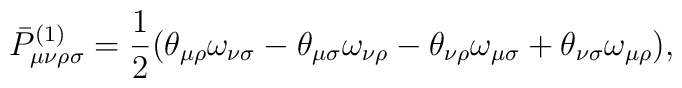
\bar{P}^{(1)}_{\mu\nu\rho\sigma}=\frac{1}{2}(\theta_{\mu\rho}\omega_{\nu\sigma}-\theta_{\mu\sigma}\omega_{\nu\rho}-\theta_{\nu\rho}\omega_{\mu\sigma}+\theta_{\nu\sigma}\omega_{\mu\rho}),